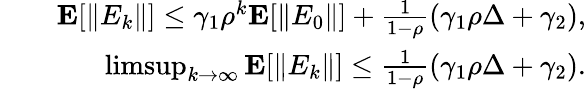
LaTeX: \begin{array}{rlr}&{}&{\textbf{E}[\| E_{k}\| ]\leq\gamma_{1}\rho^{k}\textbf{E}[\| E_{0}\| ]+\frac{1}{1-\rho}\left(\gamma_{1}\rho\Delta+\gamma_{2}\right),}\\ &{}&{\operatorname*{limsup}_{k\to\infty}\textbf{E}[\| E_{k}\| ]\leq\frac{1}{1-\rho}\left(\gamma_{1}\rho\Delta+\gamma_{2}\right).}\end{array}